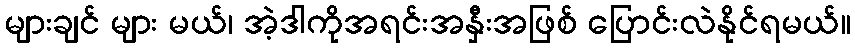
များချင် များ မယ်၊ အဲ့ဒါကိုအရင်းအနှီးအဖြစ် ပြောင်းလဲနိုင်ရမယ်။